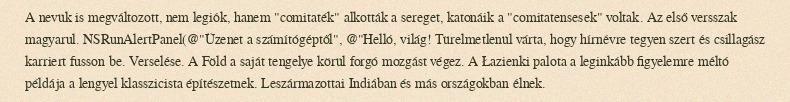
A nevük is megváltozott, nem legiók, hanem "comitaték" alkották a sereget, katonáik a "comitatensesek" voltak. Az első versszak magyarul. NSRunAlertPanel(@"Üzenet a számítógéptől", @"Helló, világ! Türelmetlenül várta, hogy hírnévre tegyen szert és csillagász karriert fusson be. Verselése. A Föld a saját tengelye körül forgó mozgást végez. A Łazienki palota a leginkább figyelemre méltó példája a lengyel klasszicista építészetnek. Leszármazottai Indiában és más országokban élnek.